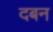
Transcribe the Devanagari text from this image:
दबन